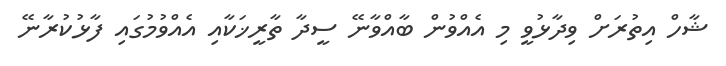
ޝާހް އިތުރަށް ވިދާޅުވީ މި އެއްވުން ބާއްވާނޭ ސީދާ ތާރީޚަކާއި އެއްވުމުގައި ފާޅުކުރާނޭ